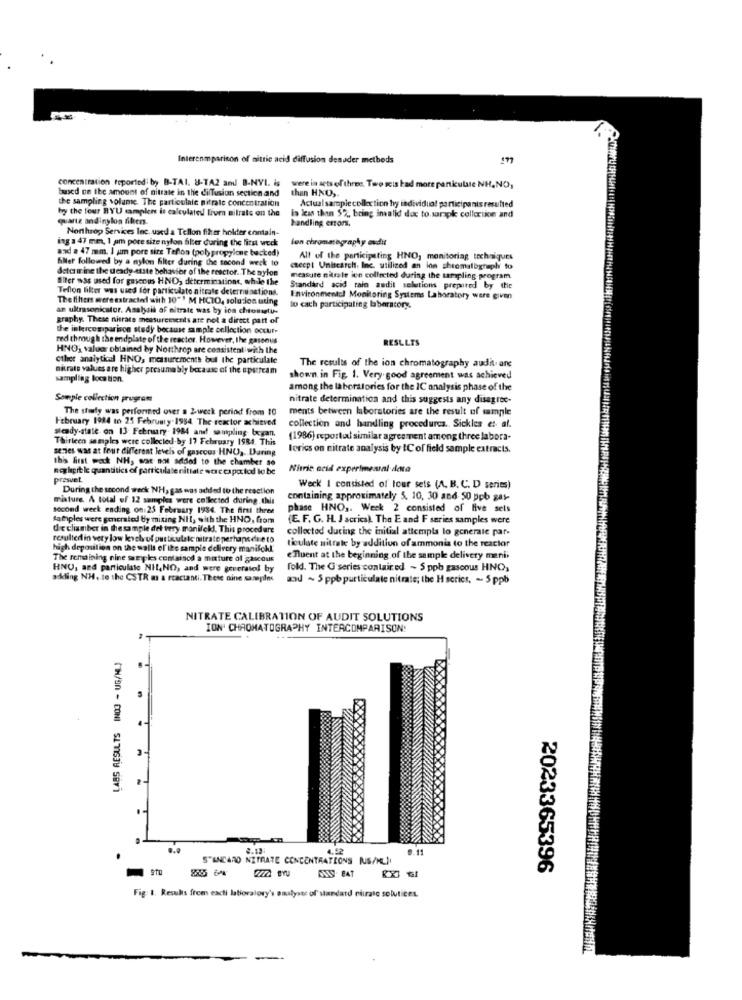
Intercomparison of nitric acid diffusion denuder methods
concentration reported by B-TAI. U-TA2 and B-NYI. is were in sets of three. Two seis kad more particulate NH, NO,
based on the amount of nitrate in the diffusion section and
than HNO ,.
the sampling volume. The particulale nitrate concentration
hy the four RYU samplens is calculated From nitrate on the
is kas than $2, bring invalid doc to sarapk collection and
Actual sample collection by individual participants resulted
quartz andinylos filters
handling errors,
Northrop Services Inc. uard a Tellon fiker holder contain-
ing : 47 me, I am pore size nylon filter during the first weck
len chromatography audit
and a 47 mm. I am pore size Teflon (polypropylene backed)
hiller followed by a nylon filter during the second weck to
Alt of the participating HNO, monitoriag techniques
detcair ine the deadly etste behavior of the reactor. The nylon
except Unisearch, Inc. utilized an ion chromatography to
Aller was used for gasccus HND; determinationt, while the
measure nitrate len collected during the sampling-program.
Teflon lilter was used for particulate nitrate determinations.
Standard acid rain andit solutions prepared by the
The fihers were extracted with 10"' M HCTO, solu-ion uting
Environmental Monitoring Systems Laboratory were given
an ultrasonicator. Asahuis af nitrate was by ica chrosastu-
to cach participating bberatory.
graphy. These nitrate measurements are not a direct part of
the intercomparison study because sample collection occur-
red through the endplate of the reactor. However, the gaseous
RESULTS
HINO) valuer obtained by Northrop are consistent with the
other analytical HNO, mensurements but the particulate
nitrate values are higher presumably because of the upstream
The results of the ion chromatography audit. arc
sampling location.
shown in Fig. 1. Very good agreement was achieved
among the laboratories for the IC analysis phase of the
Souple collection program
nitrate determination and this suggests any disagree-
The story was performed over a 2-weck period from 10
ments between laboratories are the result of sample
February 1924 to 25 Februmy-1984. The reactor achieved
steady-state on 13 February- 1984 and sampling began.
collection and handling procedures. Sickles et al.
Thirteen samples were collected-by 17 February 1984. This
(1986) reportal similar agreement among three labora-
series was at four different levels of gaseous HNO ,. Daring
lerics on nitrate analysis by IC of field sample extracts.
this first wok NH, was not added to the chamber so
neglipit le quantities of partikulateritiate wcac capaciod lo be
Nitric acid experimental data
presvet
During the second weck NH, gas was added to the reaction
Weck I consisted of tour sets (A, B, C. D series)
misture. A total of 12 samples were collected during this
containing approximately 5. 10, 30 and 50 ppb gas-
second week ending on 25 February 1984. The first three
phase HNO ,. Weck 2 consisted of five sels
samples were generated by mixing NIt, with the HNO, from
(E. F. G. H. J acrics). The E and F series samples were
de clamber in the sample del tery manifeld. This procedure
collected during the initial attempla lo generale par-
resulted in very low level of particulate nitrateperhapsdue to
ticulate nitrate by addition of ammonia to the reactor
high deposition on the walls of the sample delivery manifchl
The remaining nine step les containod a mature of gascous
enluent at the beginning of the sample delivery menii
HNO, and particulate Nil, NO, and were geveratol by
fold. The G series contair ed ~ 5 ppb gaseous HNO,
adding NH. to the CSTR ms & reactanti. These dine saneples
and ~ 5 ppb particulate nitrate; the H scrics, - 5 ppb
NITRATE CALIBRATION OF AUDIT SOLUTIONS
ION' CHROMATOGRAPHY INTERCOMPARISON:
. .
2.13
0.11
S"ANCARO NITRATE CONCENTRATIONS RUS/KLI
2023365396
Fig: 1. Results from cacti laboratory's omulyste of standard nitrato solutices.